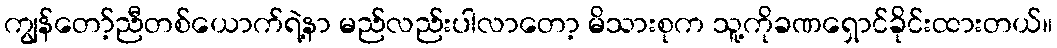
ကျွန်တော့်ညီတစ်ယောက်ရဲ့နာ မည်လည်းပါလာတော့ မိသားစုက သူ့ကိုခဏရှောင်ခိုင်းထားတယ်။